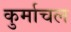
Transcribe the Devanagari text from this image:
कुर्माचल